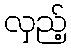
လှည့်